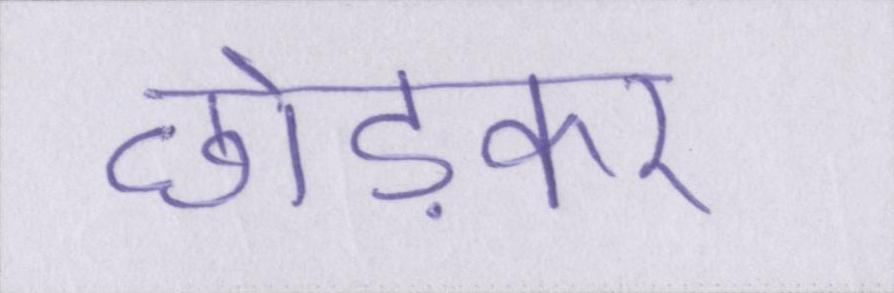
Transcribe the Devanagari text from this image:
छोड़कर